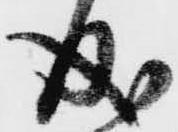
成